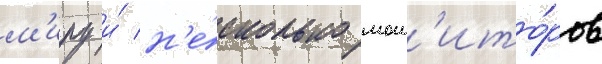
м'иру и́ н'е́сколько мон'ито́ров